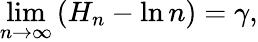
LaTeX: \operatorname*{lim}_{n\to\infty}\left(H_{n}-\ln n\right)=\gamma,